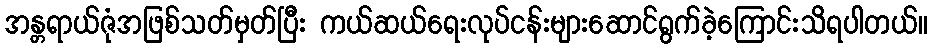
အန္တရာယ်ဇုံအဖြစ်သတ်မှတ်ပြီး ကယ်ဆယ်ရေးလုပ်ငန်းများဆောင်ရွက်ခဲ့ကြောင်းသိရပါတယ်။